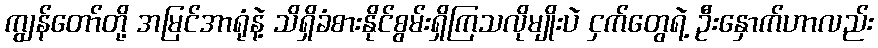
ကျွန်တော်တို့ အမြင်အာရုံနဲ့ သိရှိခံစားနိုင်စွမ်းရှိကြသလိုမျိုးပဲ ငှက်တွေရဲ့ ဦးနှောက်ဟာလည်း